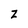
Character: Z